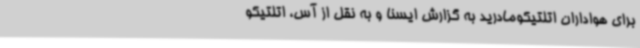
برای هواداران اتلتیکومادرید به گزارش ایسنا و به نقل از آس، اتلتیکو